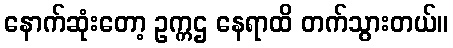
နောက်ဆုံးတော့ ဥက္ကဌ နေရာထိ တက်သွားတယ်။